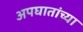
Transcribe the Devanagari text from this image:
अपघातांच्या